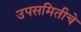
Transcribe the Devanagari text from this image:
उपसमितीचे